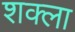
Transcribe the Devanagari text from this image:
शक्ला